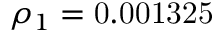
{ \rho _ { 1 } } = \mathrm { { 0 } } \mathrm { { . 0 0 1 3 2 5 } }